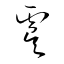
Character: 虞